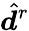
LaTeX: \hat{\boldsymbol{d}}^{r}